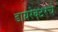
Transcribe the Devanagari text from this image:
डायरेक्टरचे